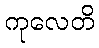
ကုလေတိ